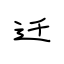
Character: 迁